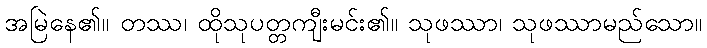
အမြဲနေ၏။ တဿ၊ ထိုသုပတ္တကျီးမင်း၏။ သုဖဿာ၊ သုဖဿာမည်သော။